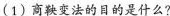
(1)商变法的目的是什么?